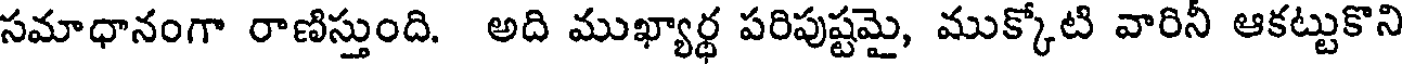
సమాధానంగా రాణిస్తుంది. అది ముఖ్యార్థ పరిపుష్టమై, ముక్కోటి వారినీ ఆకట్టుకొని